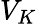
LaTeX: V_{K}